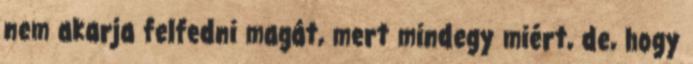
nem akarja felfedni magát, mert mindegy miért, de, hogy